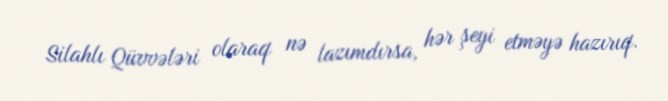
Silahlı Qüvvələri olaraq nə lazımdırsa, hər şeyi etməyə hazırıq.